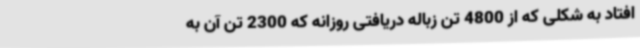
افتاد به شکلی که از 4800 تن زباله دریافتی روزانه که 2300 تن آن به